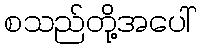
စသည်တို့အပေါ်